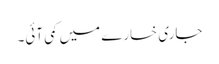
جاری خسارے میں کمی آئی۔